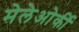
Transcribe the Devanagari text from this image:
मेलेओर्की